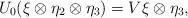
LaTeX: \begin{align*}U_0(\xi\otimes\eta_2\otimes\eta_3)=V\xi\otimes\eta_3,\end{align*}